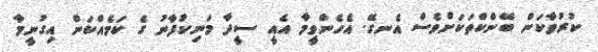
ކުރުވާކަން ބޭންކްތަކަށްވެސް އެނގޭ. އެހެންވީމާ އެއީ ސީދާ މަނިކުފާނު ގެ ކަމެއްކަން އިގުނީމާ